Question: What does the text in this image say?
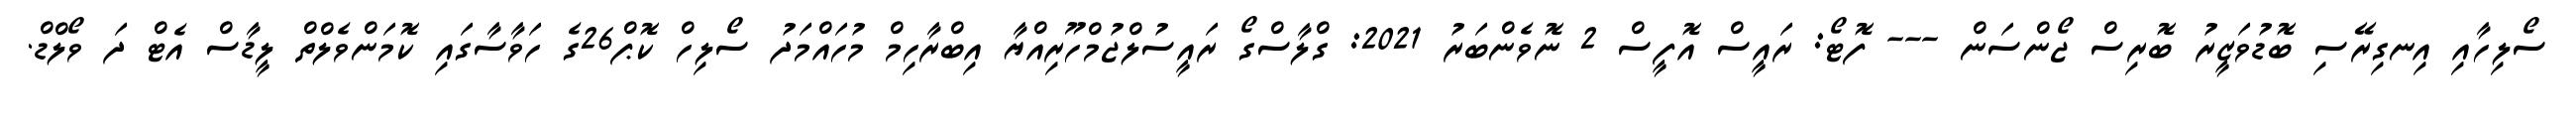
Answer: ސޯލިހާއި އިނގިރޭސި ބޮޑުވަޒީރު ބޮރިސް ޖޯންސަން --- ފޮޓޯ: ރައީސް އޮފީސް 2 ނޮވެންބަރު 2021: ގްލާސްގޯ ރައީސުލްޖުމްހޫރިއްޔާ އިބްރާހިމް މުހައްމަދު ސޯލިހް ކޮޕް26ގެ ހަވާސާގައި ކޮމަންވެލްތް ލީޑާސް އެޓް ދަ ވޯލްޑް.